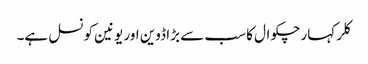
کلر کہار چکوال کا سب سے بڑا ڈوین اور یونین کونسل ہے۔